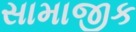
સામાજીક